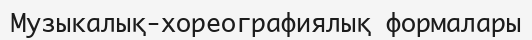
Музыкалық-хореографиялық формалары